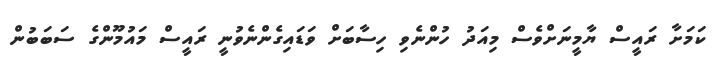
ކަމަށާ ރައީސް ޔާމީނަށްވެސް މިއަދު ހުންނެވި ހިސާބަށް ވަޑައިގެންނެވުނީ ރައީސް މައުމޫންގެ ސަބަބުން